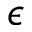
\epsilon